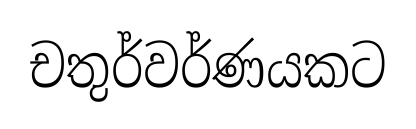
චතුර්වර්ණයකට